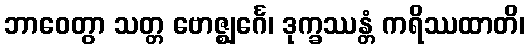
ဘာဝေတွာ သတ္တ ဗောဇ္ဈင်္ဂေ၊ ဒုက္ခဿန္တံ ကရိဿထာတိ၊